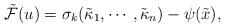
LaTeX: \begin{align*}\tilde {\mathcal{F}}(u)=\sigma_k(\tilde \kappa_1, \cdots,\tilde\kappa_n)-\psi(\tilde x),\end{align*}